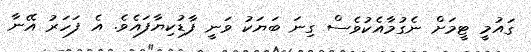
ގައުމީ ޓީމަށް ނެގުމާއެކުވެސް ގިނަ ބަޔަކު ވަނީ ފާޑުކިޔާފައެވެ. އެ ފަހަރު އޭނާ